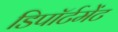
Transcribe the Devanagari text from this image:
डिपॉर्टमेंट